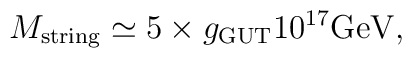
M_{\rm string}\simeq 5 \times g_{\rm GUT} 10^{17}{\rm GeV},